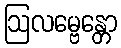
ဩလမ္ဗေန္တော